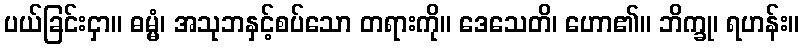
ပယ်ခြင်းငှာ။ ဓမ္မံ၊ အသုဘနှင့်စပ်သော တရားကို။ ဒေသေတိ၊ ဟော၏။ ဘိက္ခု၊ ရဟန်း။